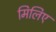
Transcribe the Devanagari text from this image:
मिलिए